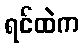
ရင်ထဲက